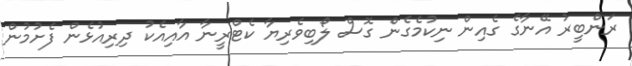
ރަންބީރު އޭނާގެ ގެއިން ނިކުމެގެން ގޮސް ލޯބިވެރިޔާ ކެޓްރީނާ އާއިއެކު ދިރިއުޅެން ފެށުމުން